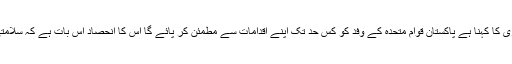
بین الاقوامی امور کے تجزیہ کار حسن عسکری کا کہنا ہے پاکستان قوام متحدہ کے وفد کو کس حد تک اپنے اقدامات سے مطمئن کر پائے گا اس کا انحصاد اس بات ہے کہ سلامتی کونسل کی کمیٹی کے پاس کیا شکایات ہیں۔